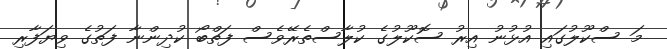
މަ ސްކޫލުގައި އުޅުނު އިރު ސޮކޫލުގެ ކުލާސްތެރޭވެސް ފަތްބޯ ކުދިންނާ ފަތުގެ ވިޔަފާރި